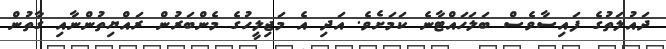
ދައުލަތުގެ ފައިސާވެސް ބަލަަހައްޓާނެ ކަމަށެވެ. އަދި އެ މަޖިލީހުގެ މެންބަރުން ރައްޔިތުންނާއި ގާތުން